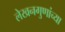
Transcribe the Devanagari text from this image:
लेखनगुणांच्या